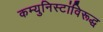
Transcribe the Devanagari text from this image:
कम्युनिस्टांविरूद्ध